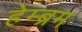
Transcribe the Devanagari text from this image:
हेम्‍ब्रम